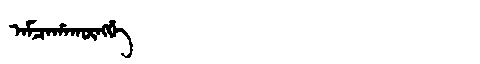
Manchu: ᠠᠮᠴᠠᡥᠠᡴᡡᠩᡤᡝ
Romanization: AMCAHAKŪNGGE